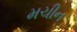
મચીન